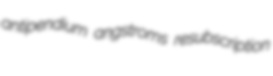
antipendium angstroms resubscription